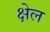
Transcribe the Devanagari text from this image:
क्षेल